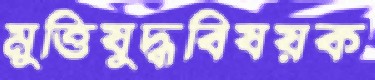
মুত্তিযুদ্ধবিষয়ক